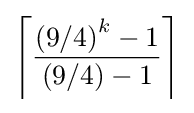
\left\lceil {\frac {\left(9/4\right)^{k}-1}{\left(9/4\right)-1}}\right\rceil